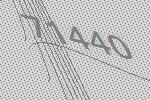
71440